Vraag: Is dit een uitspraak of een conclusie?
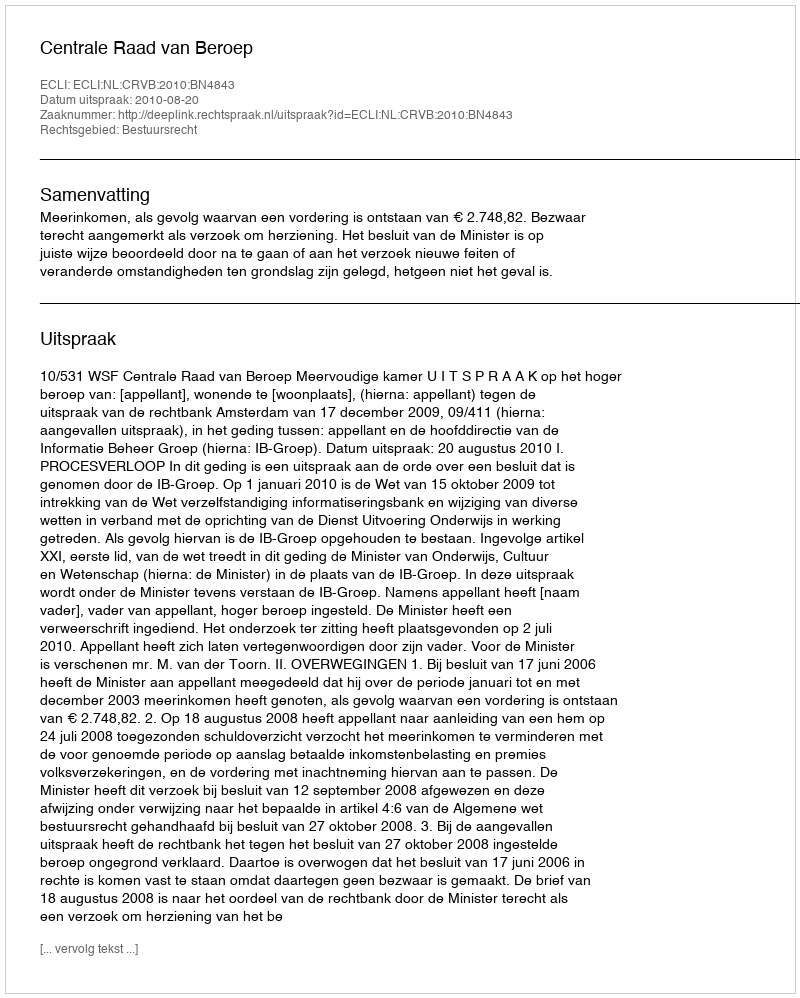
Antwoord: Uitspraak